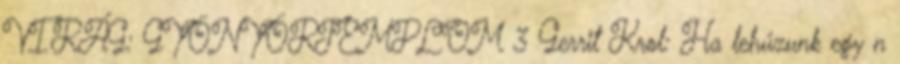
VIRÁG: GYÖNYÖRTEMPLOM 3 Gerrit Krol: Ha lehúzunk egy n